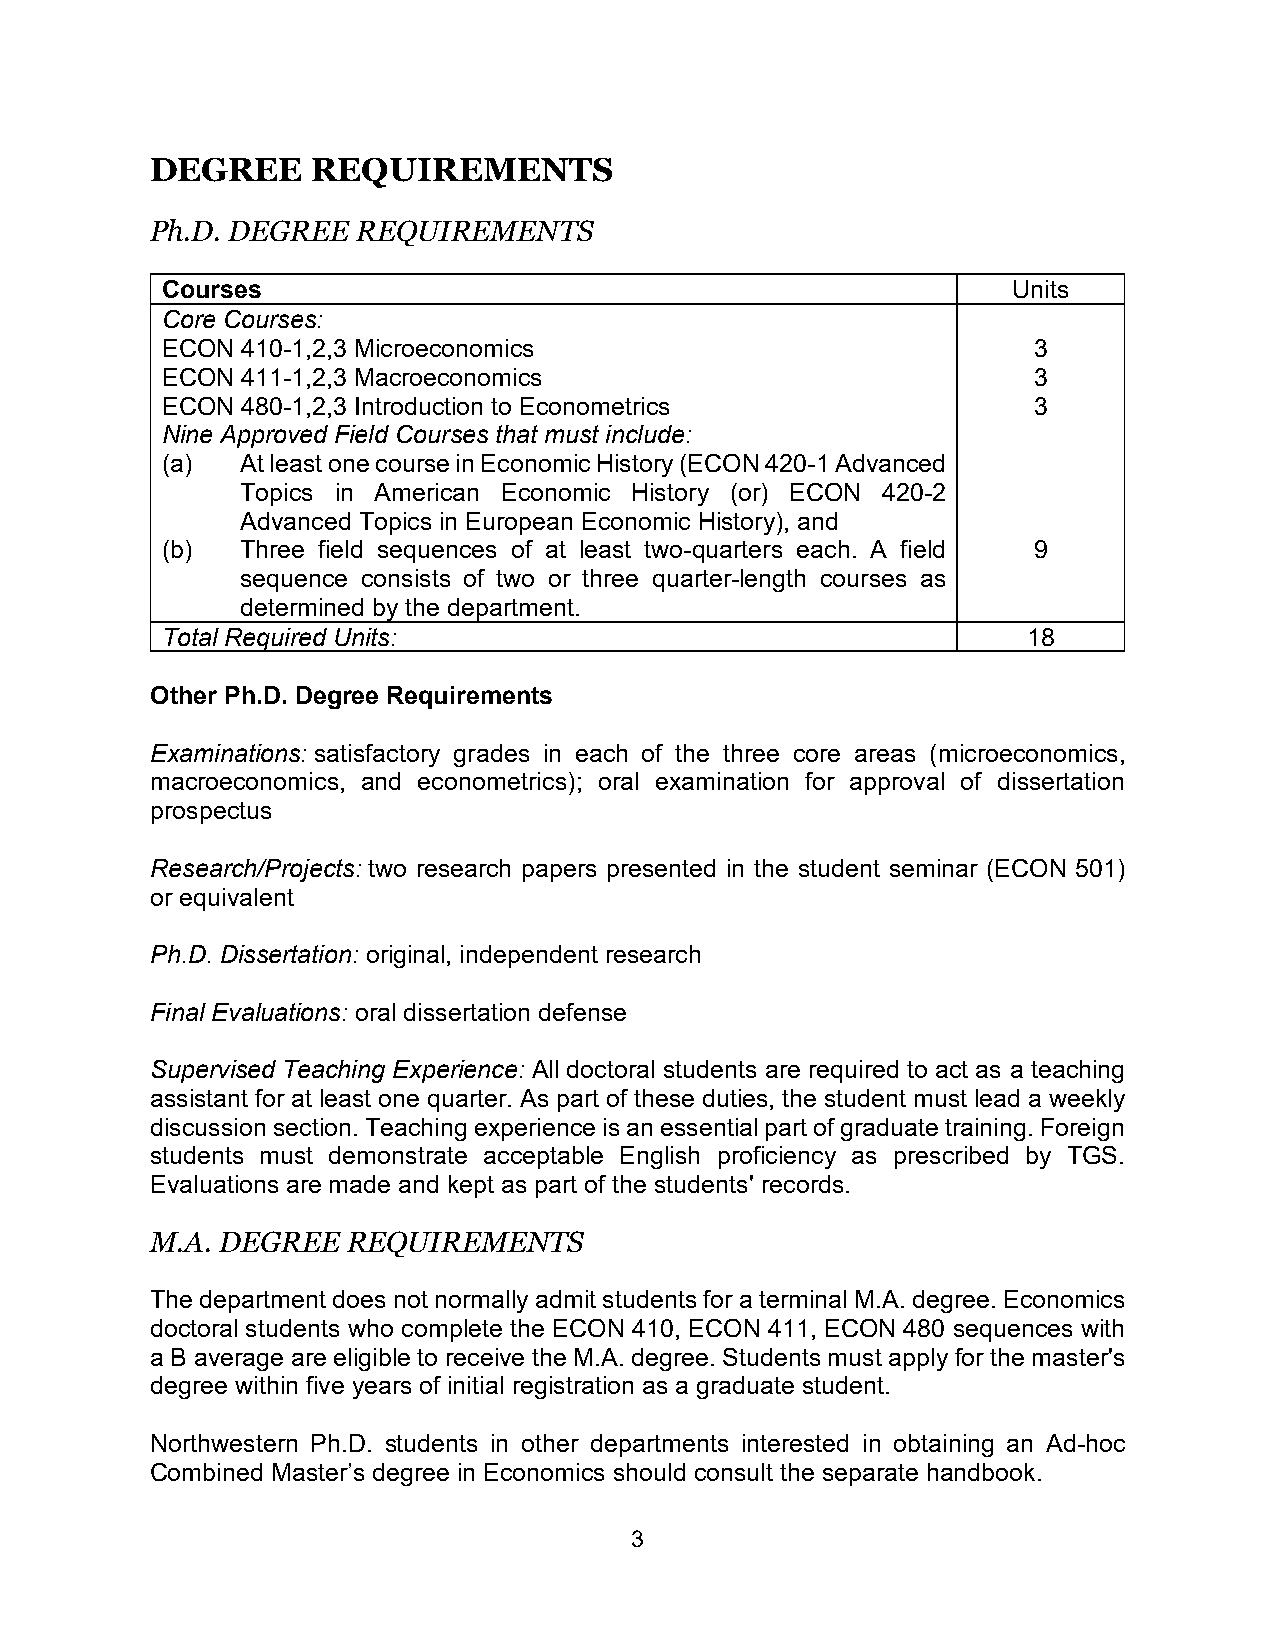
DEGREE     REQUIREMENTS
 Ph.D. DEGREE  REQUIREMENTS
 Courses                                                 Units
 Core Courses:
 ECON 410-1,2,3 Microeconomics                            3
 ECON 411-1,2,3 Macroeconomics                            3
 ECON 480-1,2,3 Introduction to Econometrics              3
 Nine Approved Field Courses that must include:
 (a)  At least one course in Economic History (ECON 420-1 Advanced
 Topics in American Economic History (or) ECON 420-2
 Advanced Topics in European Economic History), and
 (b)  Three field sequences of at least two-quarters each. A field 9
 sequence consists of two or three quarter-length courses as
 determined by the department.
 Total Required Units:                                    18
 Other Ph.D. Degree Requirements
 Examinations: satisfactory grades in each of the three core areas (microeconomics,
 macroeconomics, and econometrics); oral examination for approval of dissertation
 prospectus
 Research/Projects: two research papers presented in the student seminar (ECON 501)
 or equivalent
 Ph.D. Dissertation: original, independent research
 Final Evaluations: oral dissertation defense
 Supervised Teaching Experience: All doctoral students are required to act as a teaching
 assistant for at least one quarter. As part of these duties, the student must lead a weekly
 discussion section. Teaching experience is an essential part of graduate training. Foreign
 students must demonstrate acceptable English proficiency as prescribed by TGS.
 Evaluations are made and kept as part of the students' records.
 M.A. DEGREE  REQUIREMENTS
 The department does not normally admit students for a terminal M.A. degree. Economics
 doctoral students who complete the ECON 410, ECON 411, ECON 480 sequences with
 a B average are eligible to receive the M.A. degree. Students must apply for the master's
 degree within five years of initial registration as a graduate student.
 Northwestern Ph.D. students in other departments interested in obtaining an Ad-hoc
 Combined Master’s degree in Economics should consult the separate handbook.
 3